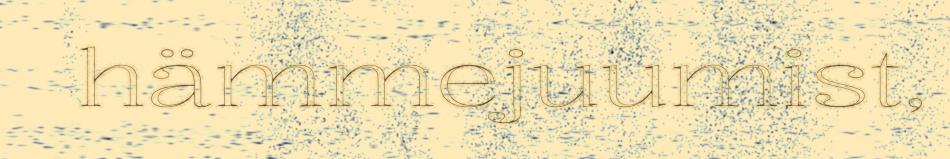
hämmejuumist,